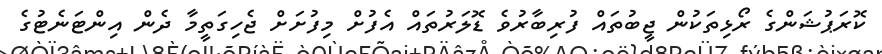
ކޮރަޕުޝަންގެ ރޯޅިތަކުން ޖީބުތައް ފުރިބާރުވެ ޑޮލަރުތައް އެފުށް މިފުށަށް ޖެހިގަތީމާ ދެން އިންޓަނެޓުގެ